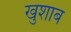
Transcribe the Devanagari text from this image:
खुशाब